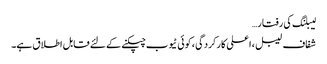
لیبلنگ کی رفتار…
شفاف لیبل ، اعلی کارکردگی ، کوئی ٹیوب چپکنے کے لئے قابل اطلاق ہے۔